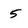
Character: 5